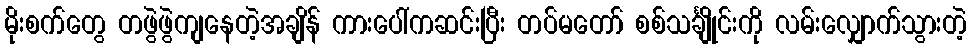
မိုးစက်တွေ တဖွဲဖွဲကျနေတဲ့အချိန် ကားပေါ်ကဆင်းပြီး တပ်မတော် စစ်သင်္ချိုင်းကို လမ်းလျှောက်သွားတဲ့